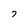
Character: 7